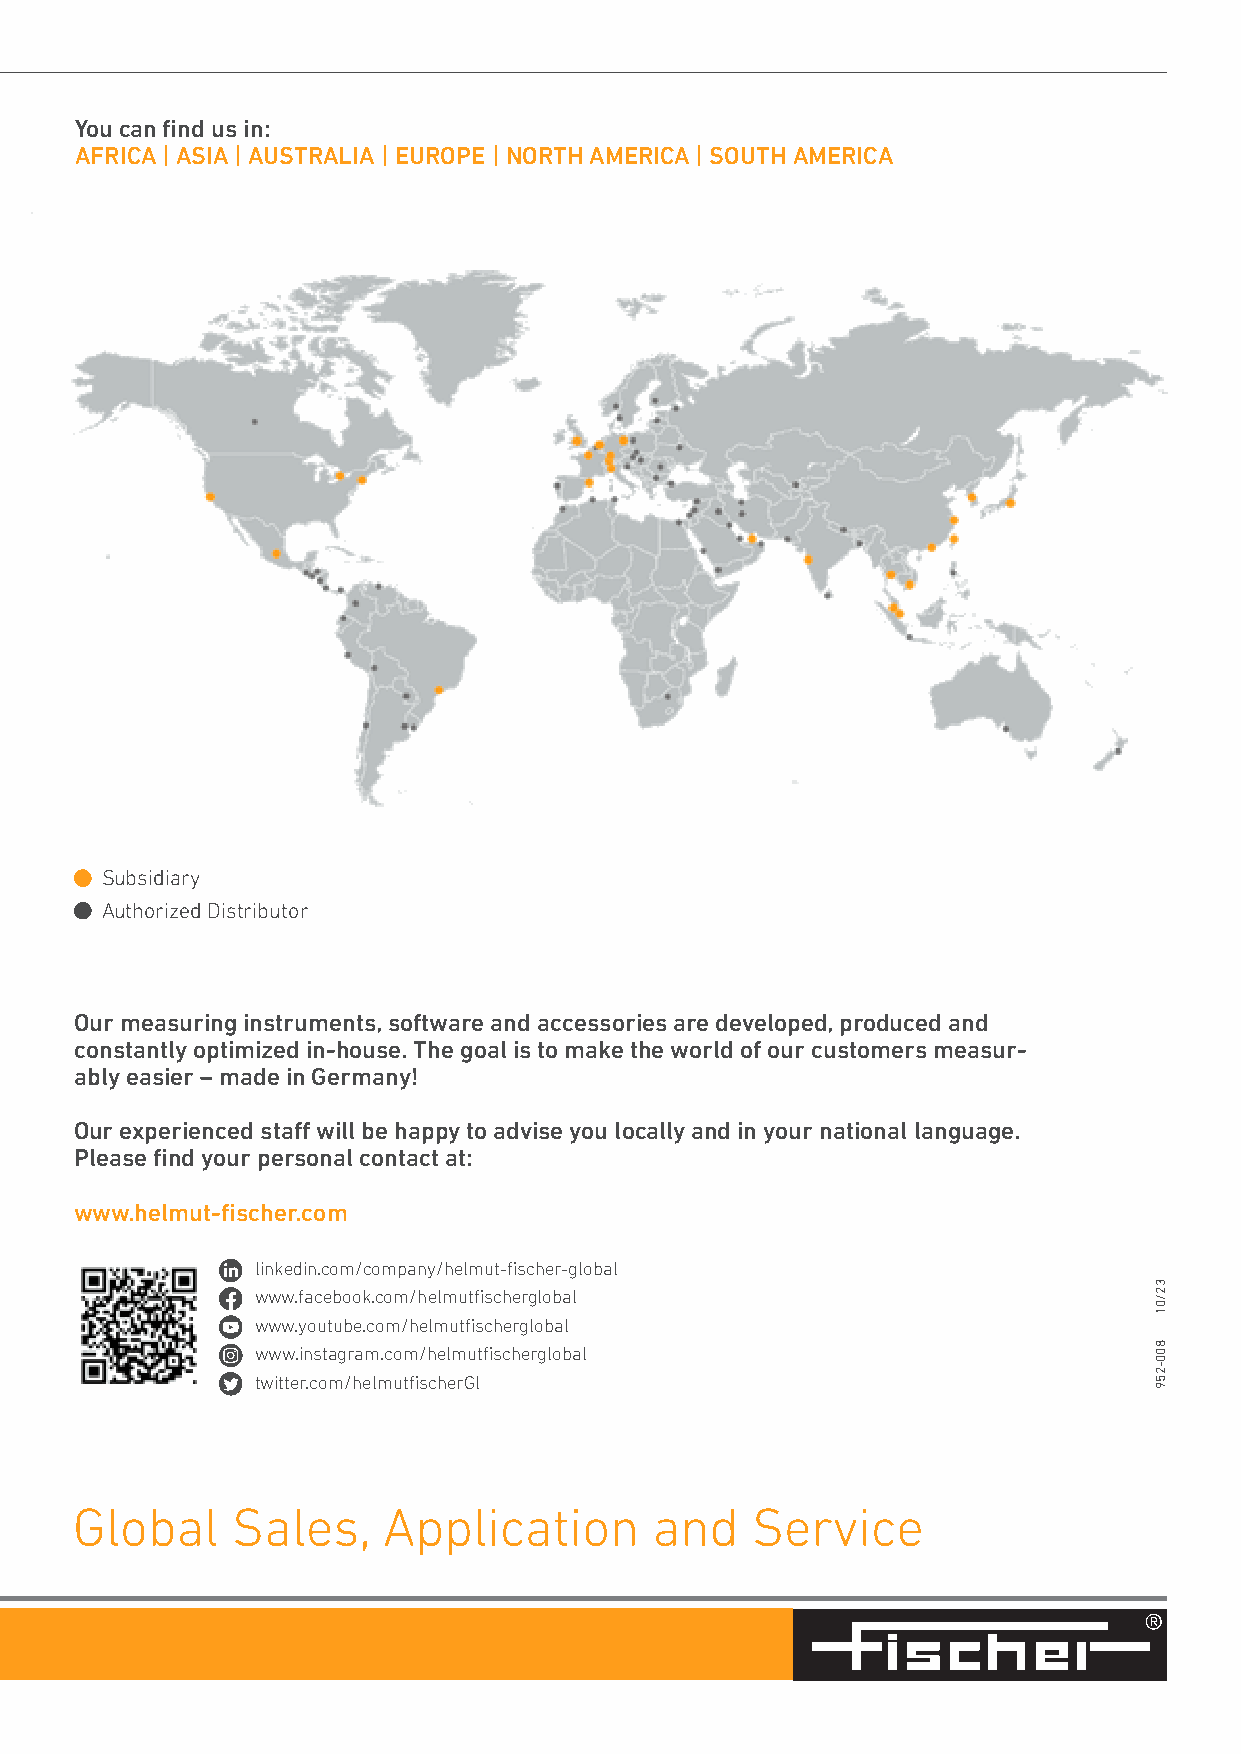
You can find us in:
 AFRICA | ASIA | AUSTRALIA | EUROPE | NORTH AMERICA | SOUTH AMERICA
 Subsidiary
 Authorized Distributor
 Our measuring instruments, software and accessories are developed, produced and
 constantly optimized in-house. The goal is to make the world of our customers measur-
 ably easier – made in Germany!
 Our experienced staff will be happy to advise you locally and in your national language.
 Please find your personal contact at:
 www.helmut-fischer.com
 linkedin.com/company/helmut-fischer-global
 www.facebook.com/helmutfischerglobal
 www.youtube.com/helmutfischerglobal
 www.instagram.com/helmutfischerglobal
 twitter.com/helmutfischerGl
 Global    Sales,    Application       and    Service
 32/01
 800-259